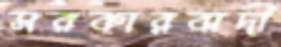
সরকারবাদী